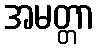
အမတ္တာ